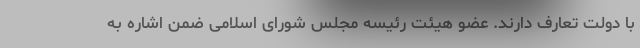
با دولت تعارف دارند. عضو هیئت رئیسه مجلس شورای اسلامی ضمن اشاره به